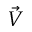
\vec { V }